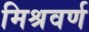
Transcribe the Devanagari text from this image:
मिश्रवर्ण